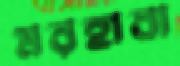
মরহাবা